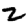
Digit: 2